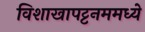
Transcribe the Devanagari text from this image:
विशाखापट्टनममध्ये